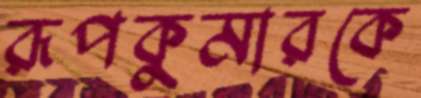
রূপকুমারকে